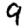
Digit: 9